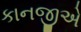
કાનજીએ